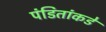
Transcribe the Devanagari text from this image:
पंडितांकडे